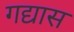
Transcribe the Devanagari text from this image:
गद्यास